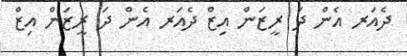
ދެއަަރ އެން ދަ ރީޒަން އިޒް ދެއަރ އެން ދަ ރީޒަން އިޒް